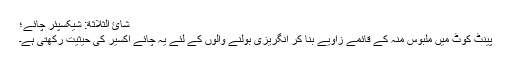
شائ الثلاثة: شیکسپئر چائے؛
پینٹ کوٹ میں ملبوس منہ کے قائمے زاویے بنا کر انگریزی بولنے والوں کے لئے یہ چائے اکسیر کی حیثیت رکھتی ہے۔